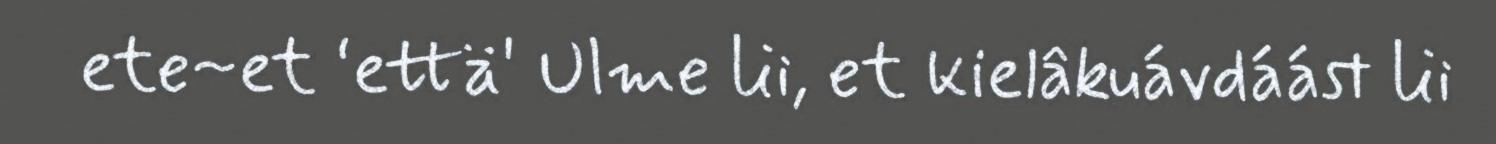
ete~et ‘että' Ulme lii, et kielâkuávdáást lii